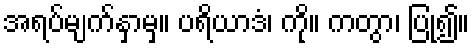
အရပ်မျက်နှာမှ။ ပရိယာဒံ၊ ကို။ ကတွာ၊ ပြု၍။